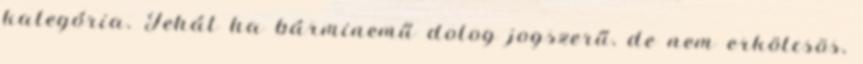
kategória. Tehát ha bárminemű dolog jogszerű, de nem erkölcsös,